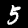
Digit: 5